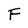
Character: F